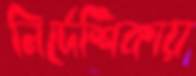
নির্দেশিকায়